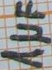
Text: 1µF